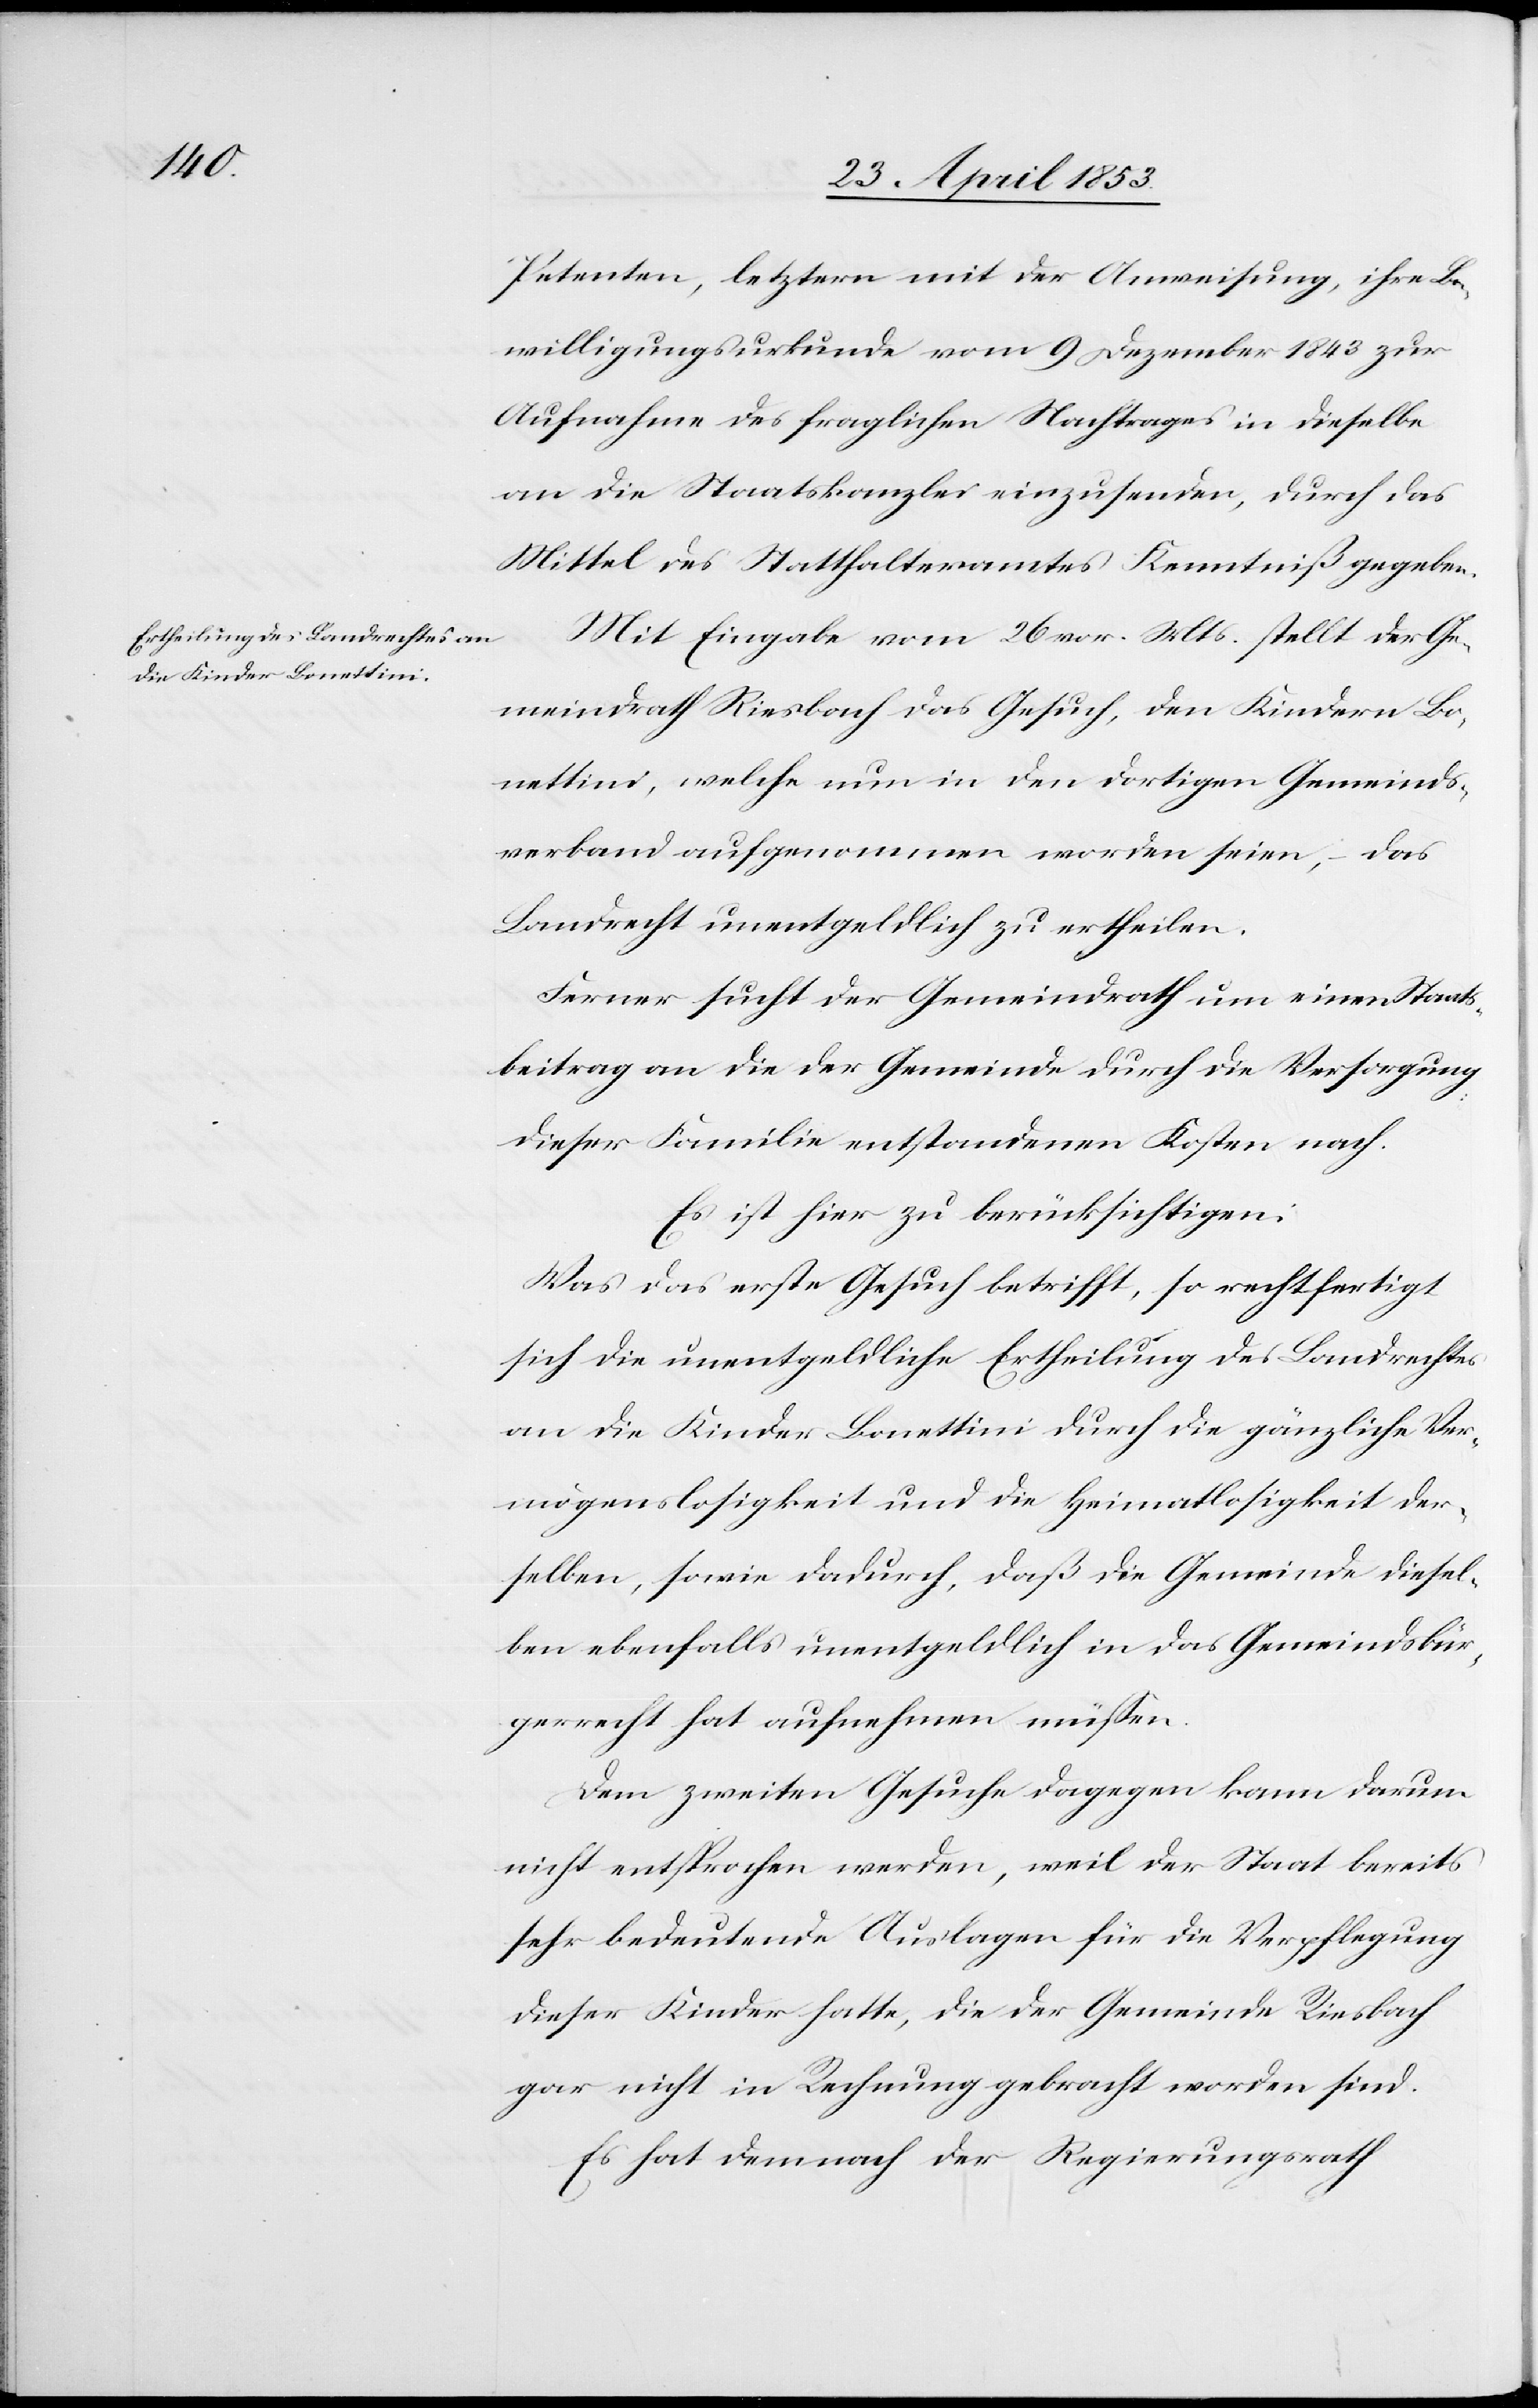
Petenten, letztern mit der Anweisung, ihre Be¬
willigungsurkunde vom 9 Dezember 1843 zur
Aufnahme des fraglichen Nachtrages in dieselbe
an die Staatskanzlei einzusenden, durch das
Mittel des Statthalteramtes Kenntniß gegeben.
Mit Eingabe vom 26 vor. Mts. stellt der Ge¬
meindrath Riesbach das Gesuch, den Kindern Bo¬
nettini, welche nun in den dortigen Gemeinds¬
verband aufgenommen worden seien, – das
Landrecht unentgeldlich zu ertheilen.
Ferner sucht der Gemeindrath um einen Staats¬
beitrag an die der Gemeinde durch die Versorgung
dieser Familie entstandenen Kosten nach.
Es ist zu berücksichtigen:
Was das erste Gesuch betrifft, so rechtfertigt
sich die unentgeldliche Ertheilung des Landrechtes
an die Kinder Bonettini durch die gänzliche Ver¬
mögenslosigkeit und die Heimatlosigkeit der¬
selben, sowie dadurch, daß die Gemeinde diesel¬
ben ebenfalls unentgeldlich in das Gemeindsbür¬
gerrecht hat aufnehmen müßen.
Dem zweiten Gesuche dagegen kann darum
nicht entsprochen werden, weil der Staat bereits
sehr bedeutende Auslagen für die Verpflegung
dieser Kinder hatte, die der Gemeinde Riesbach
gar nicht in Rechnung gebracht worden sind.
Es hat demnach der Regierungsrath